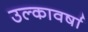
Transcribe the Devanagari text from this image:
उल्कावर्षा